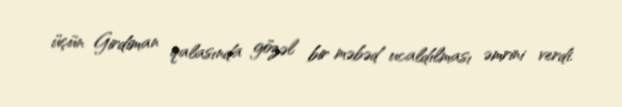
üçün Girdiman qalasında gözəl bir məbəd ucaldılması əmrini verdi.